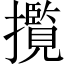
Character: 𭣄